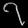
Digit: ၇